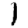
Digit: 1